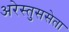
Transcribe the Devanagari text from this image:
अरेस्तुससेता